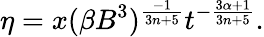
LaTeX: \eta=x(\beta B^{3})^{\frac{-1}{3n+5}}t^{-\frac{3\alpha+1}{3n+5}}.